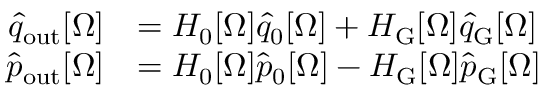
\begin{array} { r l } { \hat { q } _ { \mathrm { o u t } } [ \Omega ] } & { = H _ { 0 } [ \Omega ] \hat { q } _ { 0 } [ \Omega ] + H _ { \mathrm { G } } [ \Omega ] \hat { q } _ { \mathrm { G } } [ \Omega ] } \\ { \hat { p } _ { \mathrm { o u t } } [ \Omega ] } & { = H _ { 0 } [ \Omega ] \hat { p } _ { 0 } [ \Omega ] - H _ { \mathrm { G } } [ \Omega ] \hat { p } _ { \mathrm { G } } [ \Omega ] } \end{array}